Newspaper: Grand Rapids morning telegram.
Place of publication: Grand Rapids, Mich.
Publisher: Telegram Pub. Co.
Date: 1885-01-21 00:00:00
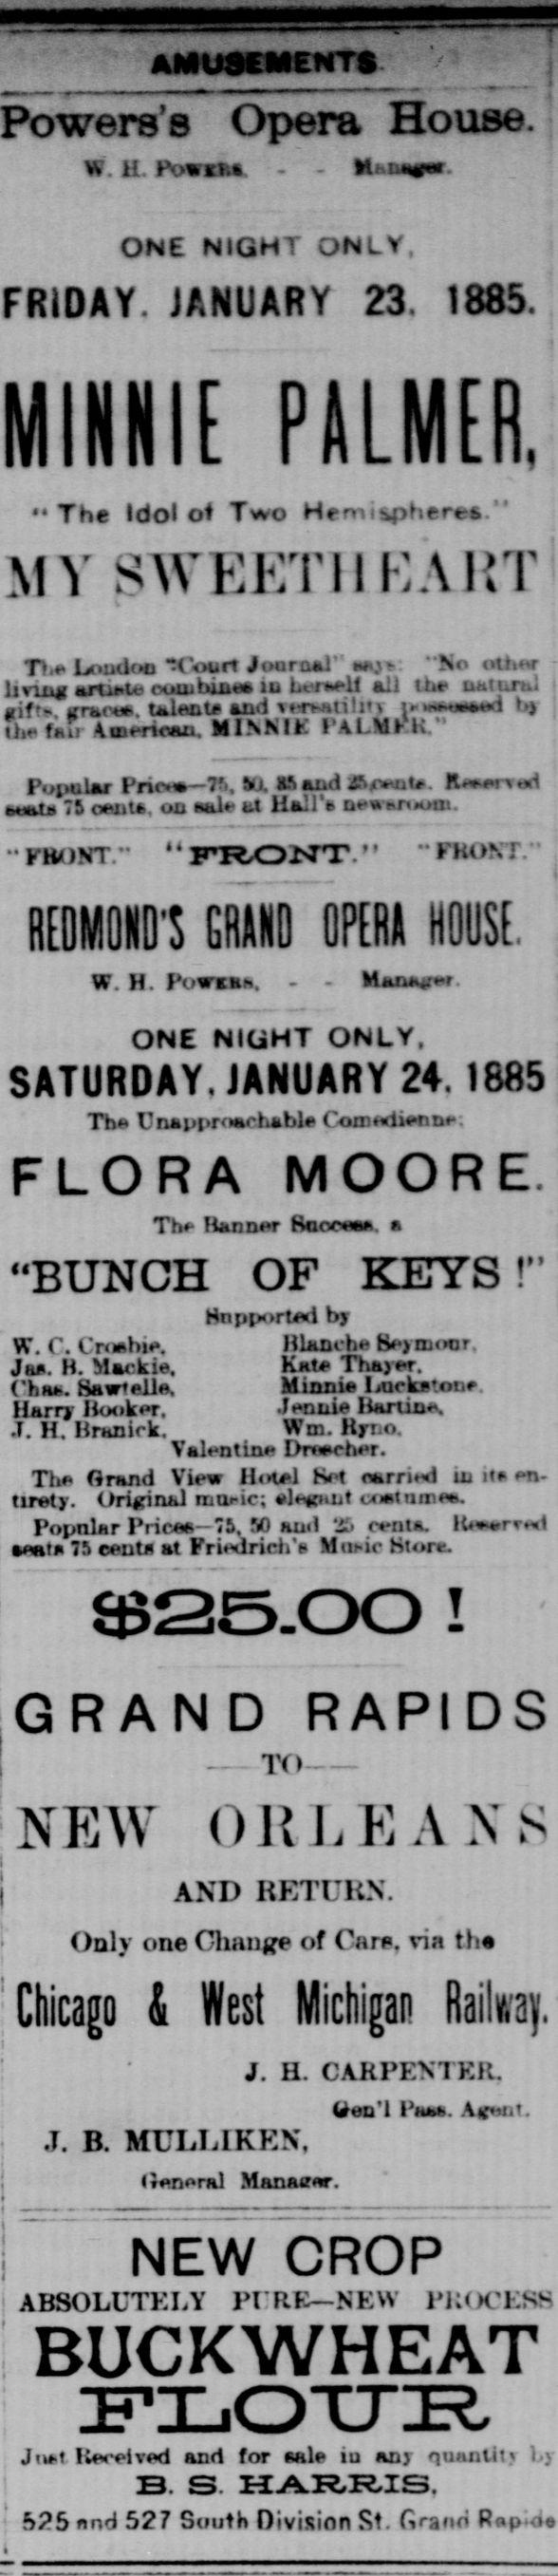
Advertisement text (OCR):
Ar.ucir.'.nriTG Powers's Opera House. W. U. Powxr., - - frUxuNp- ONE NIGHT ONLY, FRIDAY. JANUARY 23, 1885. MltilllE PALMER, The Idol of Two Hemispheres." sweetheart TL Loudon "Court Jourafcl" w: "No ott.r livro articte com bin in Lerwll all the untund eiff- crfcc. tleat and titi!i'v -wi b 0,e fkir American. MINNIE PALMKIL" Popular Prio-7;.. VJ. tt and Kri beats 73 wutt, on ode 1.1 lla.U Dewsmum. FBONT. FRONT." FKONT." REDMOND'S GRAND OPERA HOUSE. W. H. Powkbs. ONE NIGHT ONLY, SATURDAY, JANUARY 24, 1885 The Unapproachable Comiienn: FLORA MOORE. Th Banner BnocA. a iiTJTTTVTnTT OTP TTTPVQ I" B U JN UM U iSJli I & 1 HnrjtKrtfti by Blanche ty.,moDr. Jan. B. Mackie. Kate Thajer. Chaa. Sawtella. Minnie Lnckstone. Jennie Iiaruns " , w" r'' 4. H. Branick . g; "jj alentine Dncher. The Grand iew Hotel tv t carriei l Wm. Brro. ui it en tirety. On?mal mni-ic; jKint ortnm. Popular Prices 73, M aud t55 cnta. lbrT.l vat 75 cents at Friedrich'a Mtic btore. 9325.00 I GRAND RAPIDS TO NEW ORLEANS AND RETURN. Only one Ghauge of Carp, via tha ictlicaP & Wd mF- RaHv.ay. J. II. CAHPENTKIl. (Jen' I Phw. Atii. J. B. MULEIKEN, (?enral Manager. NEW CROP ABSOLUTELY PURE NEW PROCESS BUCKWHEAT FLOUR Jtt Iieceived and for wile iu any quantity by B. S. HARRIS, 525 end 527 South Division St. Grand Rcp".d j
Label: text-only